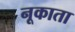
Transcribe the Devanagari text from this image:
नूकाता